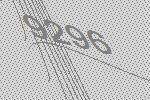
9296